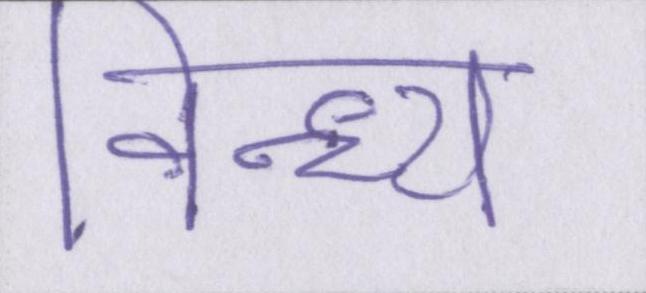
विन्ध्य